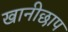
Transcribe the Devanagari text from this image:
खानीछाप